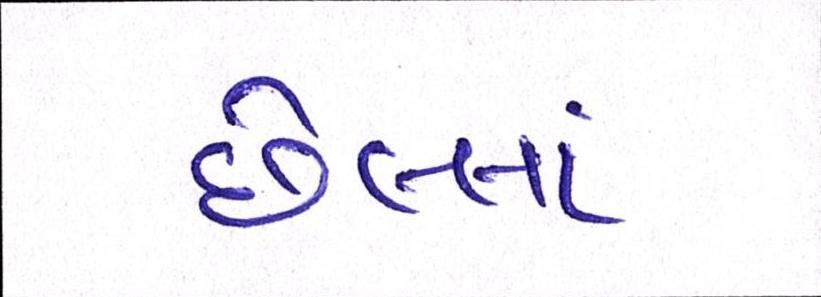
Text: છેલ્લાં